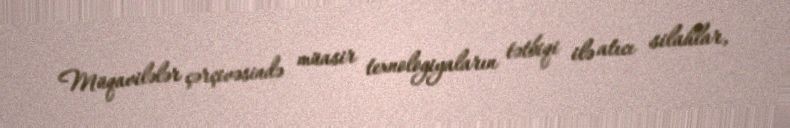
Müqavilələr çərçivəsində müasir texnologiyaların tətbiqi ilə atıcı silahlar,